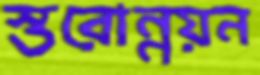
স্তরোন্নয়ন